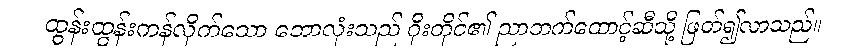
ထွန်းထွန်းကန်လိုက်သော ဘောလုံးသည် ဂိုးတိုင်၏ ညာဘက်ထောင့်ဆီသို့ ဖြတ်၍လာသည်။